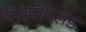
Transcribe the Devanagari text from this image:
पॅरोपॅमिसेड